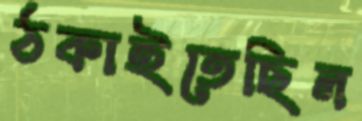
ঠকাইতেছিল